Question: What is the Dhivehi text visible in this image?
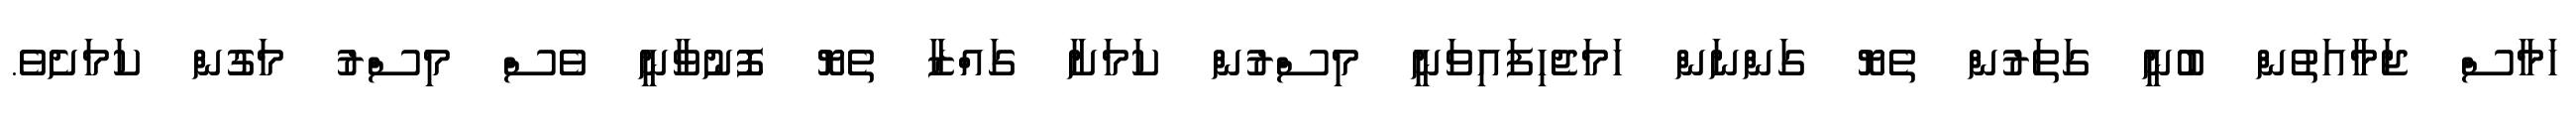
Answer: ހަމާސް ޖަމާއަތުން ބުނީ ގަތަރުން ތެޔޮ ގަންނަން ހަމަޖެހިފައިވަނީ މިސްރުން ކަމަށާ ގައްޒާ ތެޔޮ ފޮނުވާނީ ވެސް މިސްރު މަގުން ކަމަށެވެ.